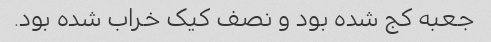
جعبه کج شده بود و نصف کیک خراب شده بود.